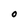
Character: O